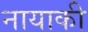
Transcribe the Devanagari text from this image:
नायाकी